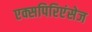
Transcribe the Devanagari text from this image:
एक्सपिरिएंसेज